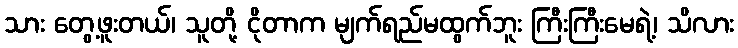
သား တွေ့ဖူးတယ်၊ သူတို့ ငိုတာက မျက်ရည်မထွက်ဘူး ကြီးကြီးမေရဲ့၊ သိလား